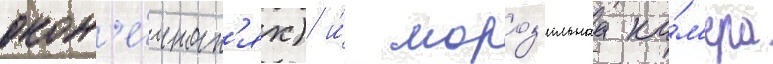
окон'е́чност'ях) и́ мороз'ильнаа ка́м'ера